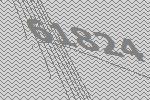
61824